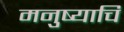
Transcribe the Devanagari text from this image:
मनुष्याचि